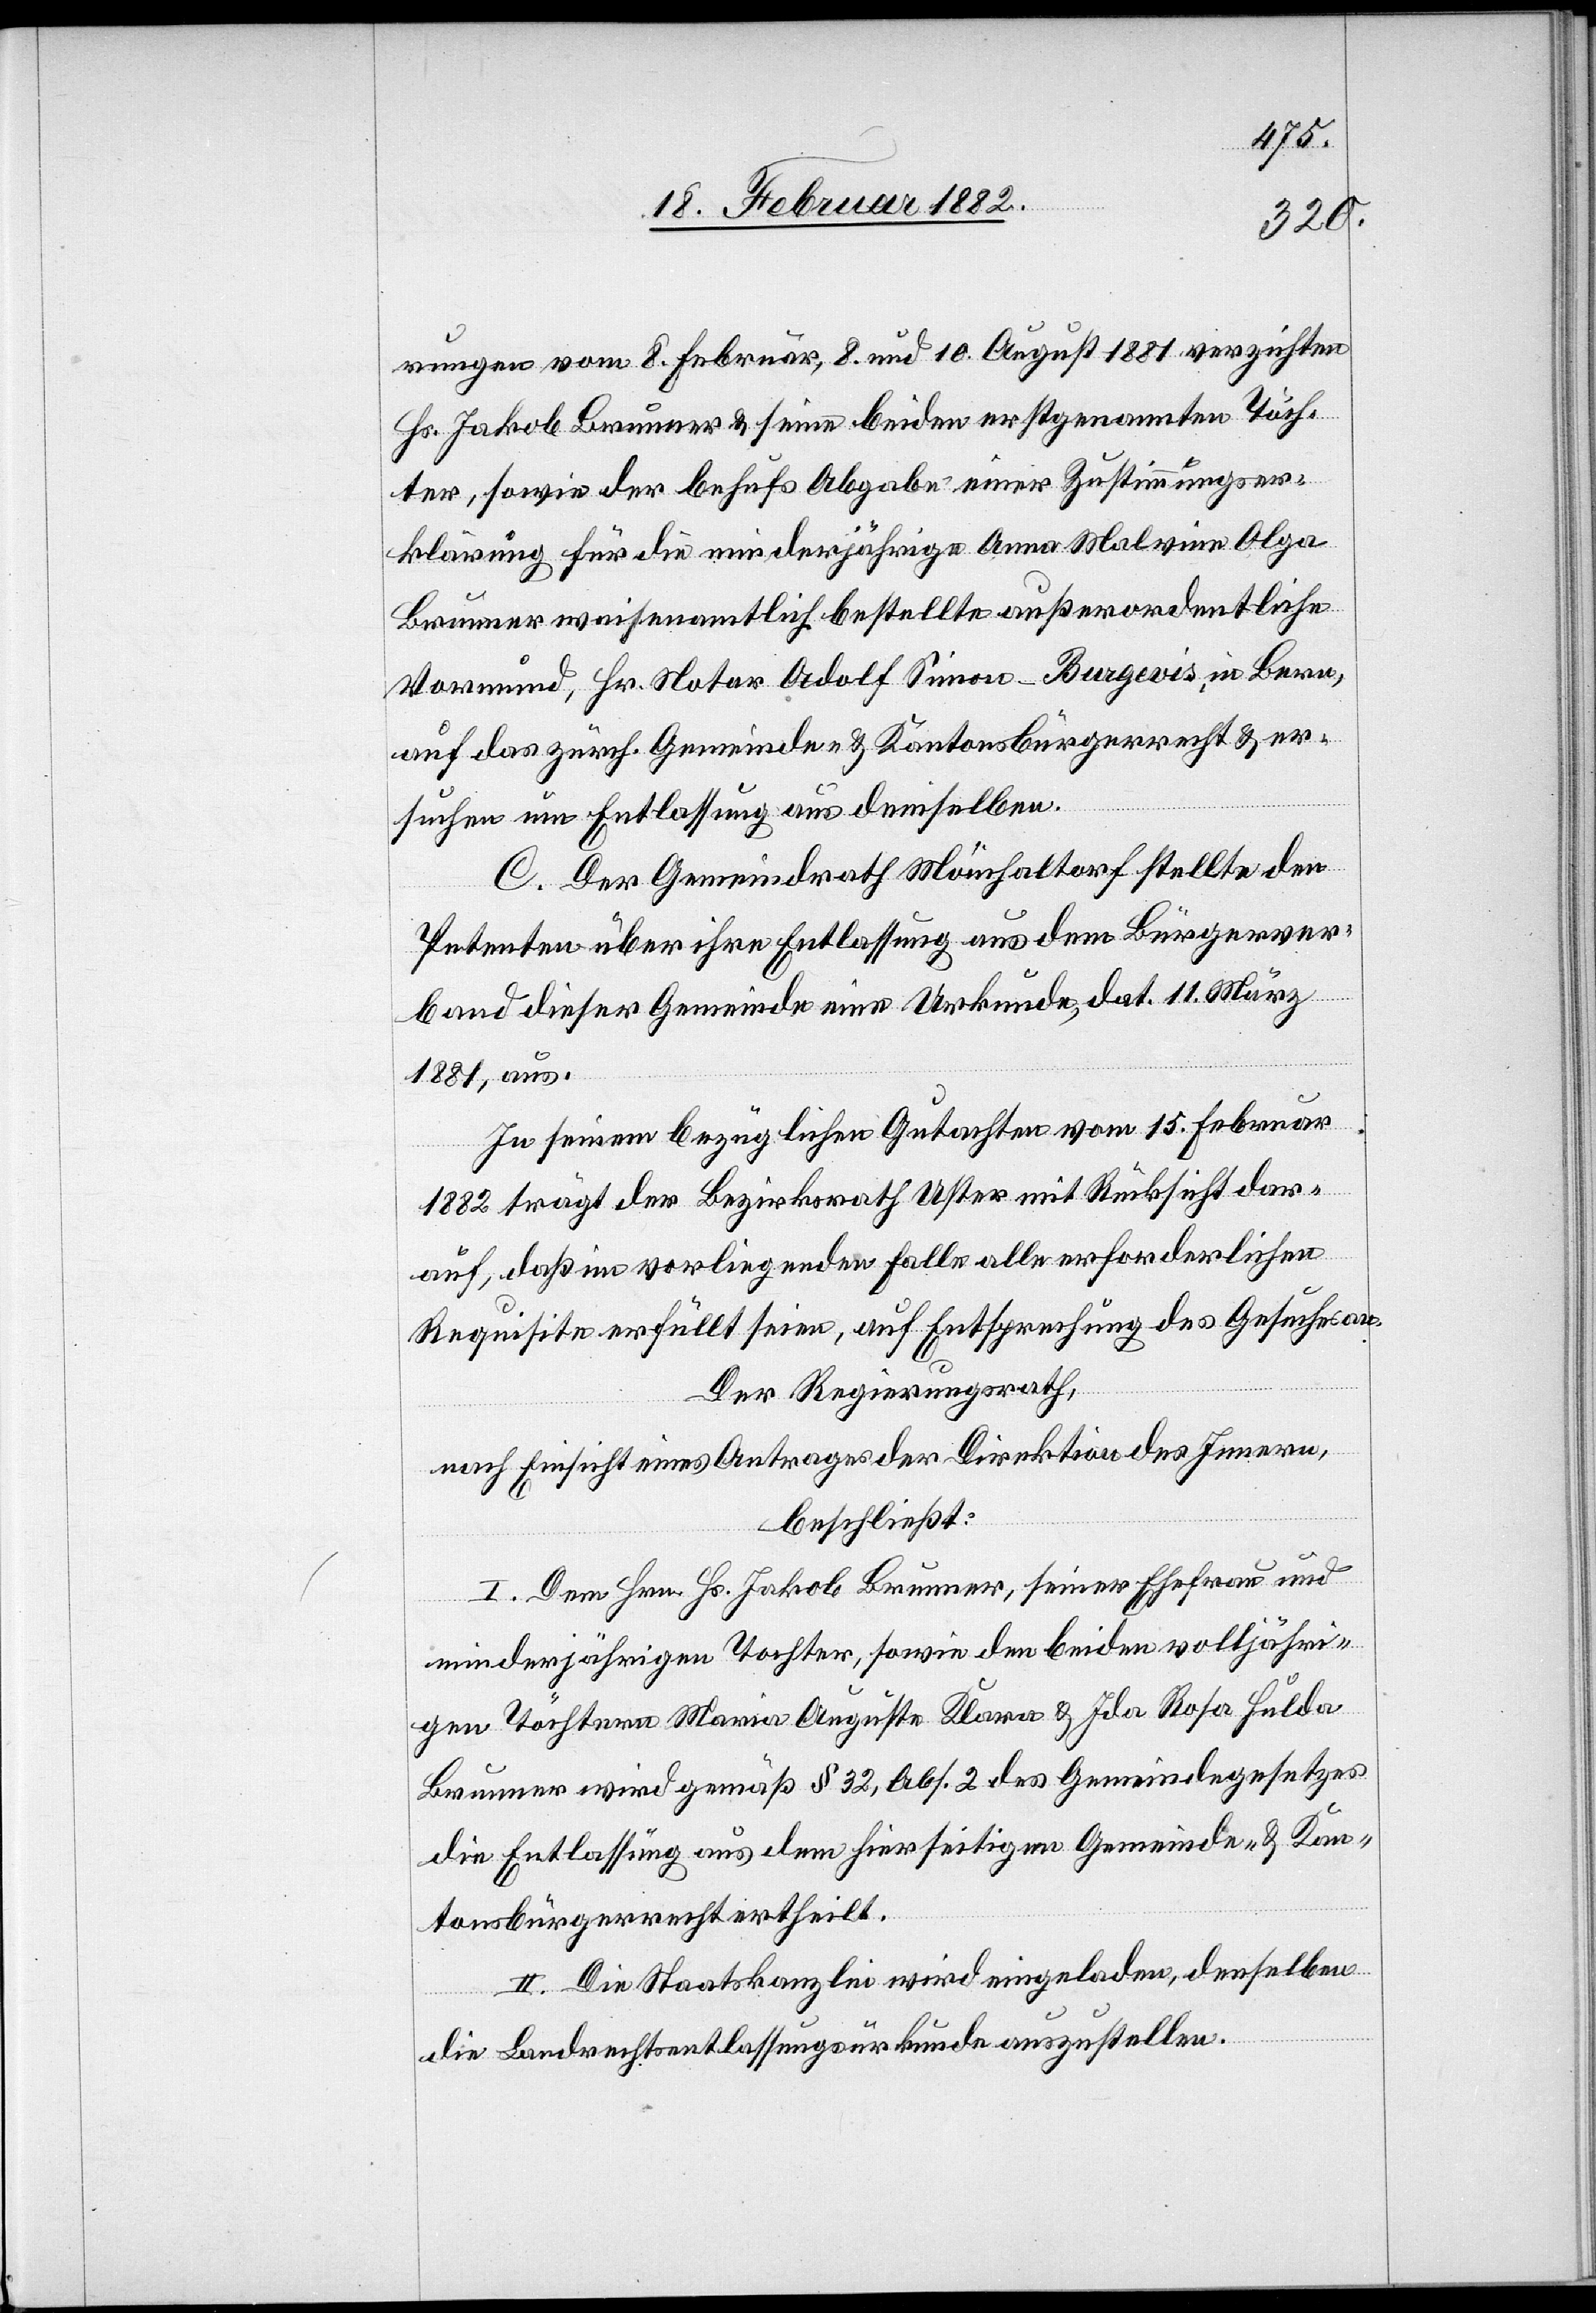
ungen vom 8. Februar, 8. und 10. August 1881 verzichtet
Hs. Jakob Brunner & seine beiden erstgenannten Töch¬
ter, sowie der behufs Abgabe einer Zustimmungser¬
klärung für die minderjährige Anna Malwine Olga
Brunner waisenamtlich bestellten außerordentliche
Vormund, Hr. Notar Adolf Simon - Burgevis, in Bern,
auf das zürch. Gemeinde- & Kantonsbürgerrecht & er¬
suchen um Entlassung aus demselben.
C. Der Gemeindrath Mönchaltdorf stellte den
Petenten über ihre Entlassung aus dem Bürgerver¬
band dieser Gemeinde eine Urkunde, dat. 11 März
1881, aus.
In seinem bezüglichen Gutachten vom 15. Februar
1882 trägt der Bezirksrath Uster mit Rücksicht dar¬
auf, daß im vorliegenden Falle alle erforderlichen
Requisite [sic!] erfüllt seien, auf Entsprechung des Gesuches an.
Der Regierungsrath,
nach Einsicht eines Antrages der Direktion des Innern,
beschließt;
I. Dem Hrn. Hs. Jakob Brunner, seiner Ehefrau und
minderjährigen Tochter, sowie den beiden volljähri¬
gen Töchter Maria Auguste Klara & Ida Rosa Hulde
Brunner wird gemäß § 32, Abs. 2 des Gemeindegesetzes
die Entlassung aus dem hierseitigen Gemeinde- & Kan¬
tonsbürgerrecht ertheilt.
II. Die Staatskanzlei wird eingeladen, denselben
die Landrechtsentlassungsurkunde auszustellen.